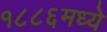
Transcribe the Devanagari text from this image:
१८८६मध्ये